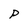
Character: P